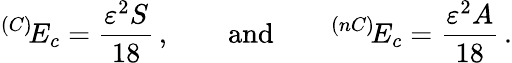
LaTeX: ^{(C)}\! E_{c}=\frac{\varepsilon^{2}S}{18}\, ,\qquad\mathrm{and}\qquad^{(nC)}\! E_{c}=\frac{\varepsilon^{2}A}{18}\, .